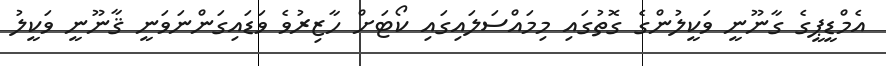
އެމްޑީޕީގެ ގާނޫނީ ވަކީލުންގެ ގޮތުގައި މިމައްސަލައިގައި ކޯޓަށް ހާޒިރުވެ ވަޑައިގަންނަވަނީ ޤާނޫނީ ވަކީލު